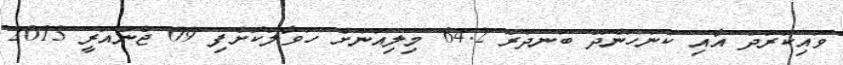
ވައިކަރަދު އާއި ކުނަހަންދޫ ބަނދަރު 64.2 މިލިއަނަށް ހަވާލުކޮށްފި 09 ޖެނުއަރީ 2013